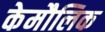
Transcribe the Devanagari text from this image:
केमौलिक